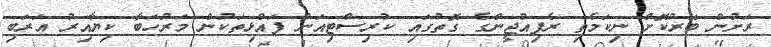
ރަށުން ބޭރުކޮށް ނިކަމެތި ރެފިއުޖީންގެ ގޮތުގައި ކުރިސްޓިއަން ފައްޅިތަކުން މަރުހަބާ ކިޔާއިރު އަރަބި